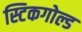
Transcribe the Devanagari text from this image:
स्टिकगोल्ड